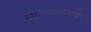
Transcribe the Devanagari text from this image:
स्वातंत्र्यसंग्रामाची